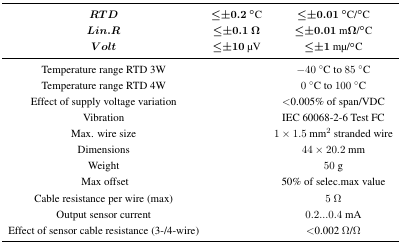
| RTD | ≤±0.2 °C | ≤±0.01 °C/°C |
 | Lin.R | ≤±0.1 Ω | ≤±0.01 mΩ/°C |
 | V olt | ≤±10 μV | ≤±1 mμ/°C |
 | --- | --- | --- |
 | Temperature range RTD 3W |  | −40 °C to 85 °C |
 | Temperature range RTD 4W |  | 0 °C to 100 °C |
 | Effect of supply voltage variation |  | <0.005% of span/VDC |
 | Vibration |  | IEC 60068-2-6 Test FC |
 | Max. wire size |  | 1 x 1.5 mm2 stranded wire |
 | Dimensions |  | 44 x 20.2 mm |
 | Weight |  | 50 g |
 | Max offset |  | 50% of selec.max value |
 | Cable resistance per wire (max) |  | 5 Ω |
 | Output sensor current |  | 0.2...0.4 mA |
 | Effect of sensor cable resistance (3-/4-wire) |  | <0.002 Ω/Ω |